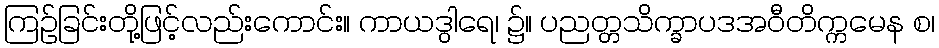
ကြဉ်ခြင်းတို့ဖြင့်လည်းကောင်း။ ကာယဒွါရေ၊ ၌။ ပညတ္တသိက္ခာပဒအဝီတိက္ကမေန စ၊